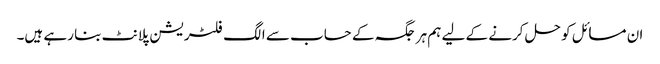
ان مسائل کو حل کرنے کے لیے ہم ہر جگہ کے حساب سے الگ فلٹریشن پلانٹ بنا رہے ہیں۔